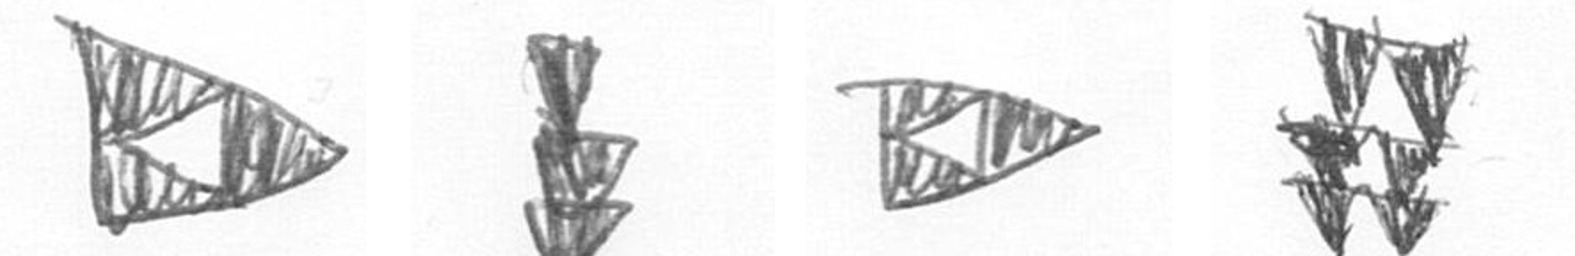
K E K Y